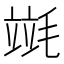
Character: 𣯞